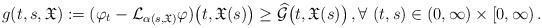
\begin{align*}g(t,s,\mathfrak{X}) := (\varphi_t-\mathcal{L}_{\alpha(s,\mathfrak{X})}\varphi)\big(t,\mathfrak{X}(s)\big)\ge \widehat{\mathcal{G}}\big(t,\mathfrak{X}(s)\big)\,,\forall\ (t,s) \in (0, \infty)\times [0, \infty)\,.\end{align*}